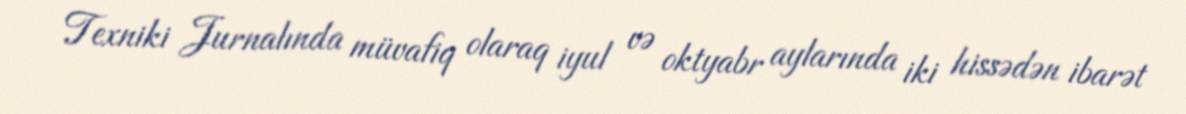
Texniki Jurnalında müvafiq olaraq iyul və oktyabr aylarında iki hissədən ibarət